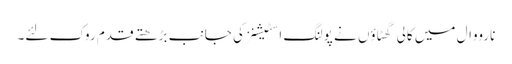
نارووال میں کالی گھٹاؤں نے پولنگ اسٹیشنز کی جانب بڑھتے قدم روک لئے۔